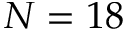
N = 1 8